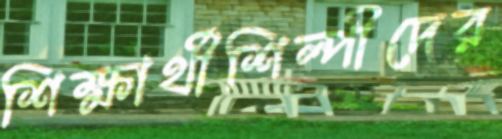
শিক্ষার্থীশিল্পীদের